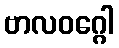
ဗာလဝဂ္ဂေါ